65_HS1-834228961_62-HQ-83894_Section_1
Agency: FBI
Page 173
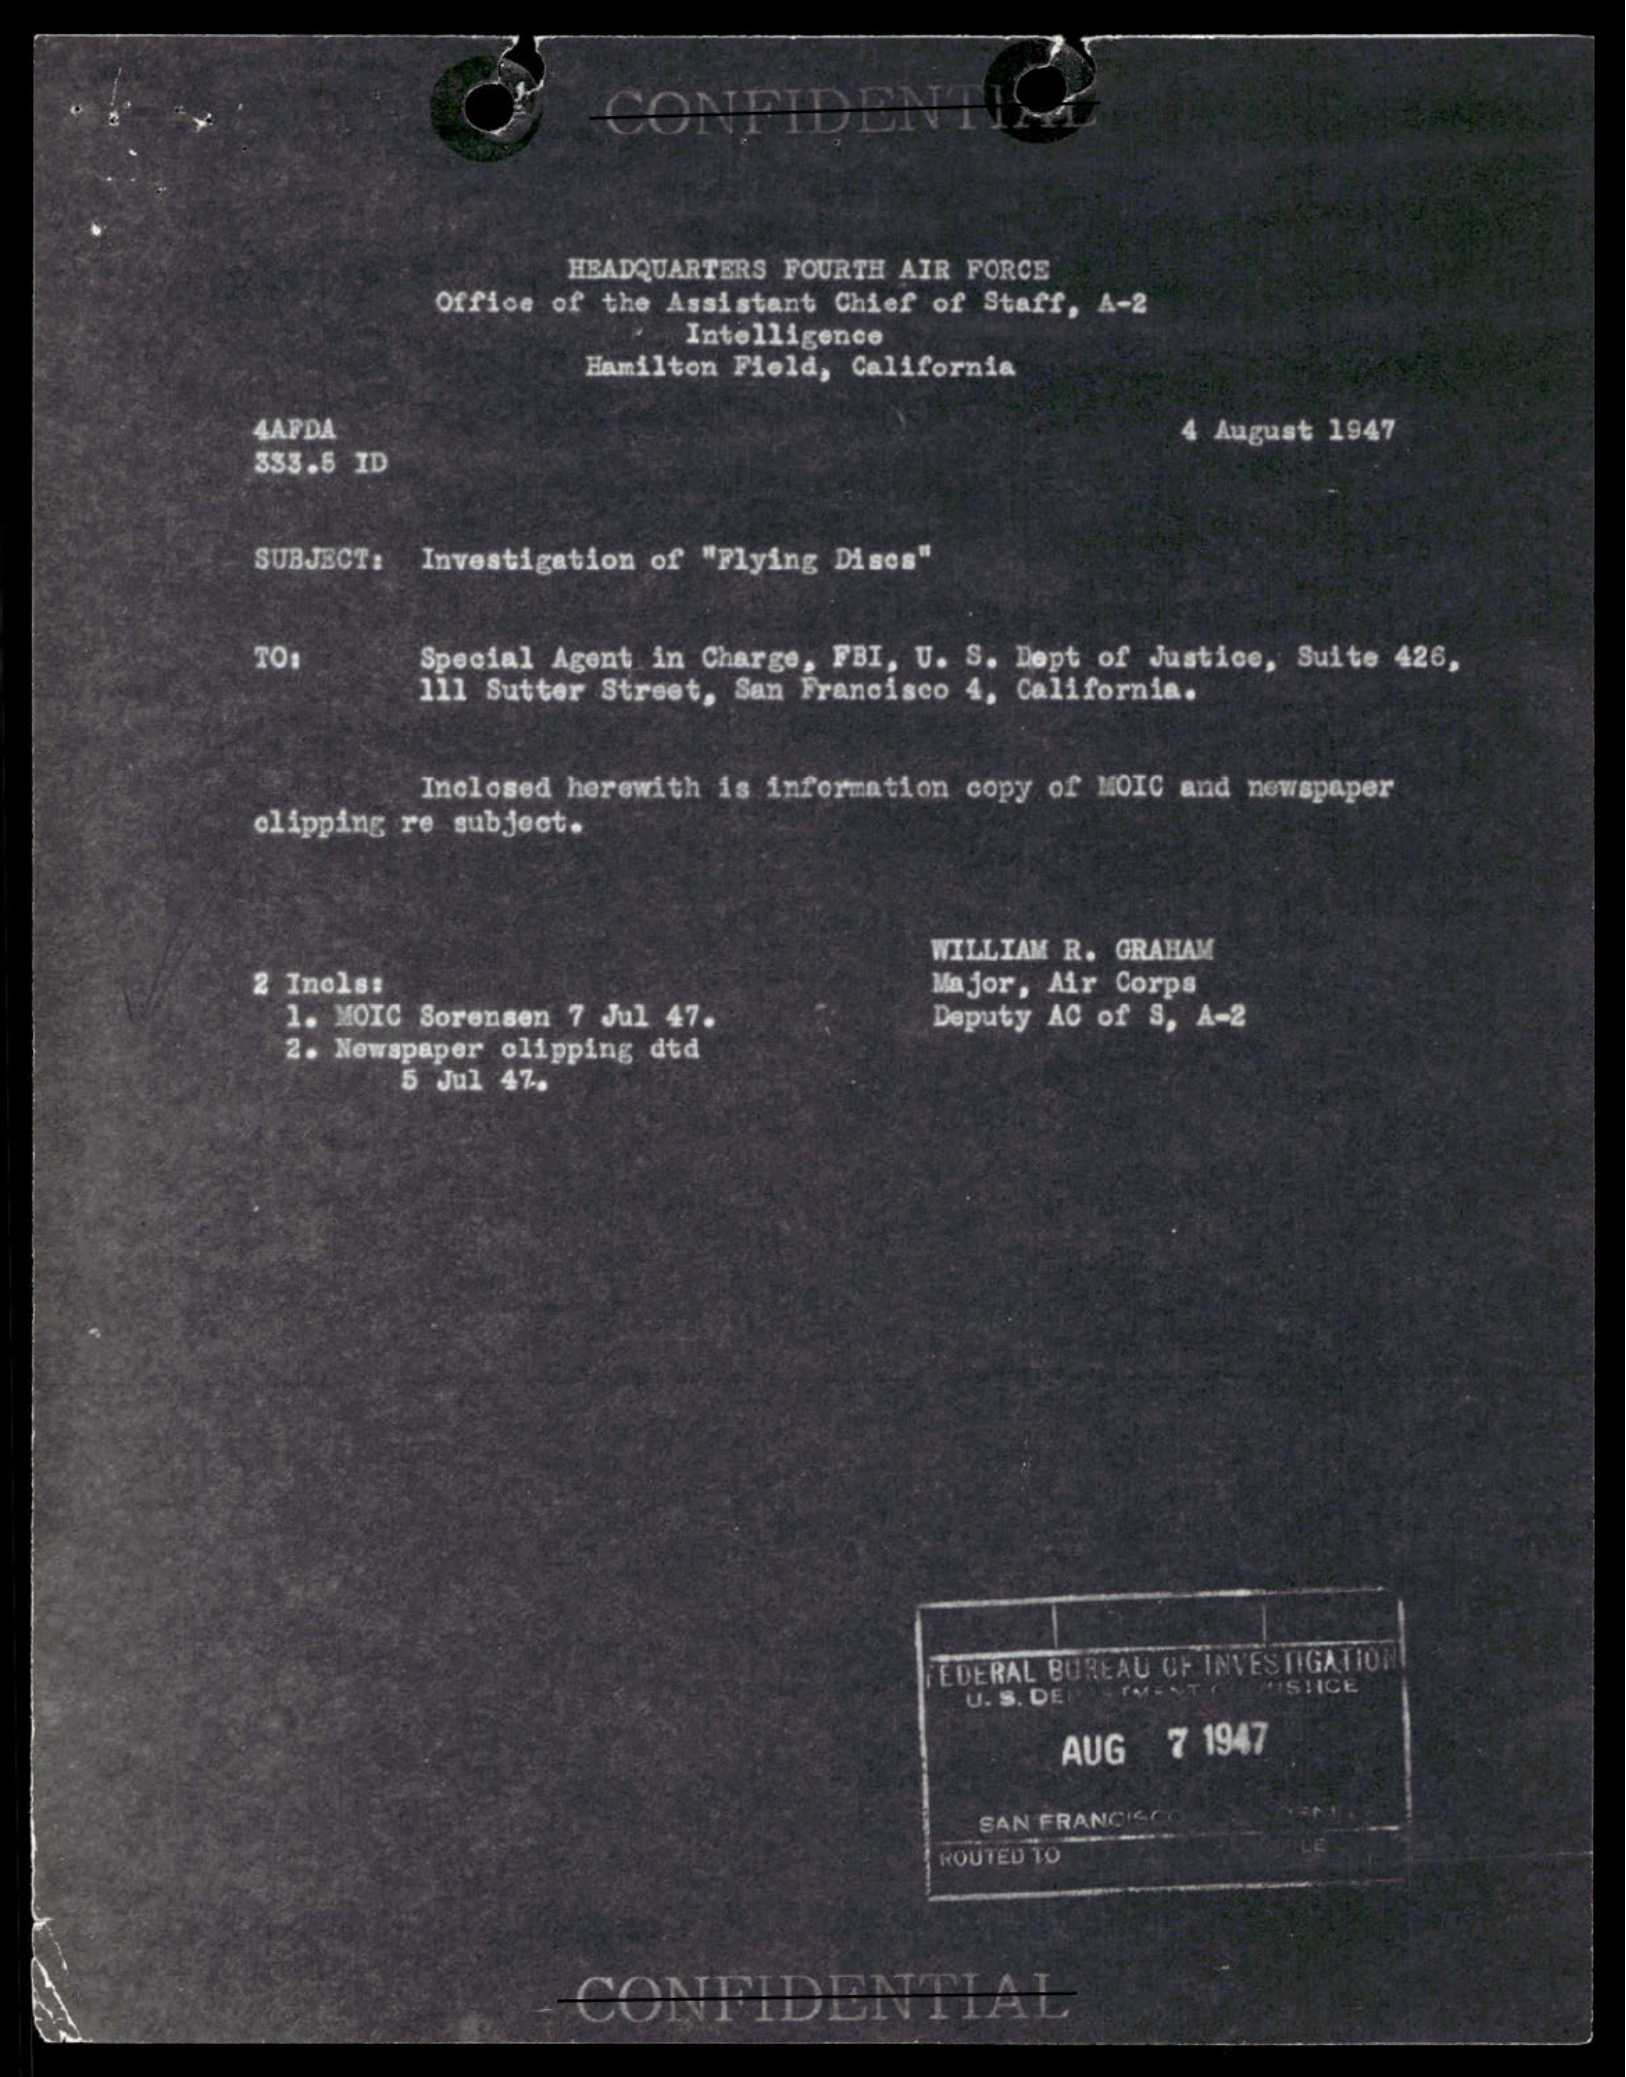